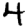
Digit: 4